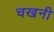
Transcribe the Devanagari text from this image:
चखनी